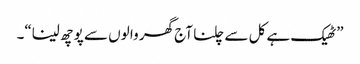
”ٹھیک ہے کل سے چلنا آج گھر وا لوں سے پو چھ لینا“۔